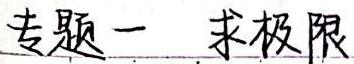
专题一 求极限